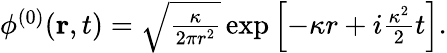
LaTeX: \begin{array}{r}{\phi^{(0)}(\mathbf{r},t)=\sqrt{\frac{\kappa}{2\pi r^{2}}}\exp\left[-\kappa r+i\frac{\kappa^{2}}{2}t\right].}\end{array}